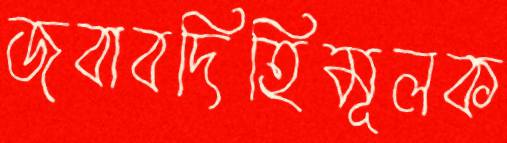
জবাবদিহিমূলক